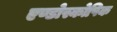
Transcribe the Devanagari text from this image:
एण्डोस्कोपिक